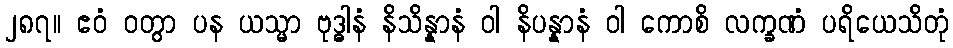
၂၈၇။ ဧဝံ ဝတွာ ပန ယသ္မာ ဗုဒ္ဓါနံ နိသိန္နာနံ ဝါ နိပန္နာနံ ဝါ ကောစိ လက္ခဏံ ပရိယေသိတုံ